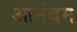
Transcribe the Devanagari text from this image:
आनंदम